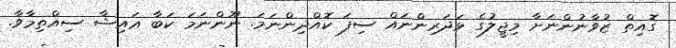
ގޮއިތް ޒުވާނުންނަށާ މިޖީލުގެ ޅަދަރިންނައް ސިފަ ކޮއްދިންނަމަ. ނޫންނަމަ ކަބާ ޢައިޝާ ސިއްތިމާވާ.